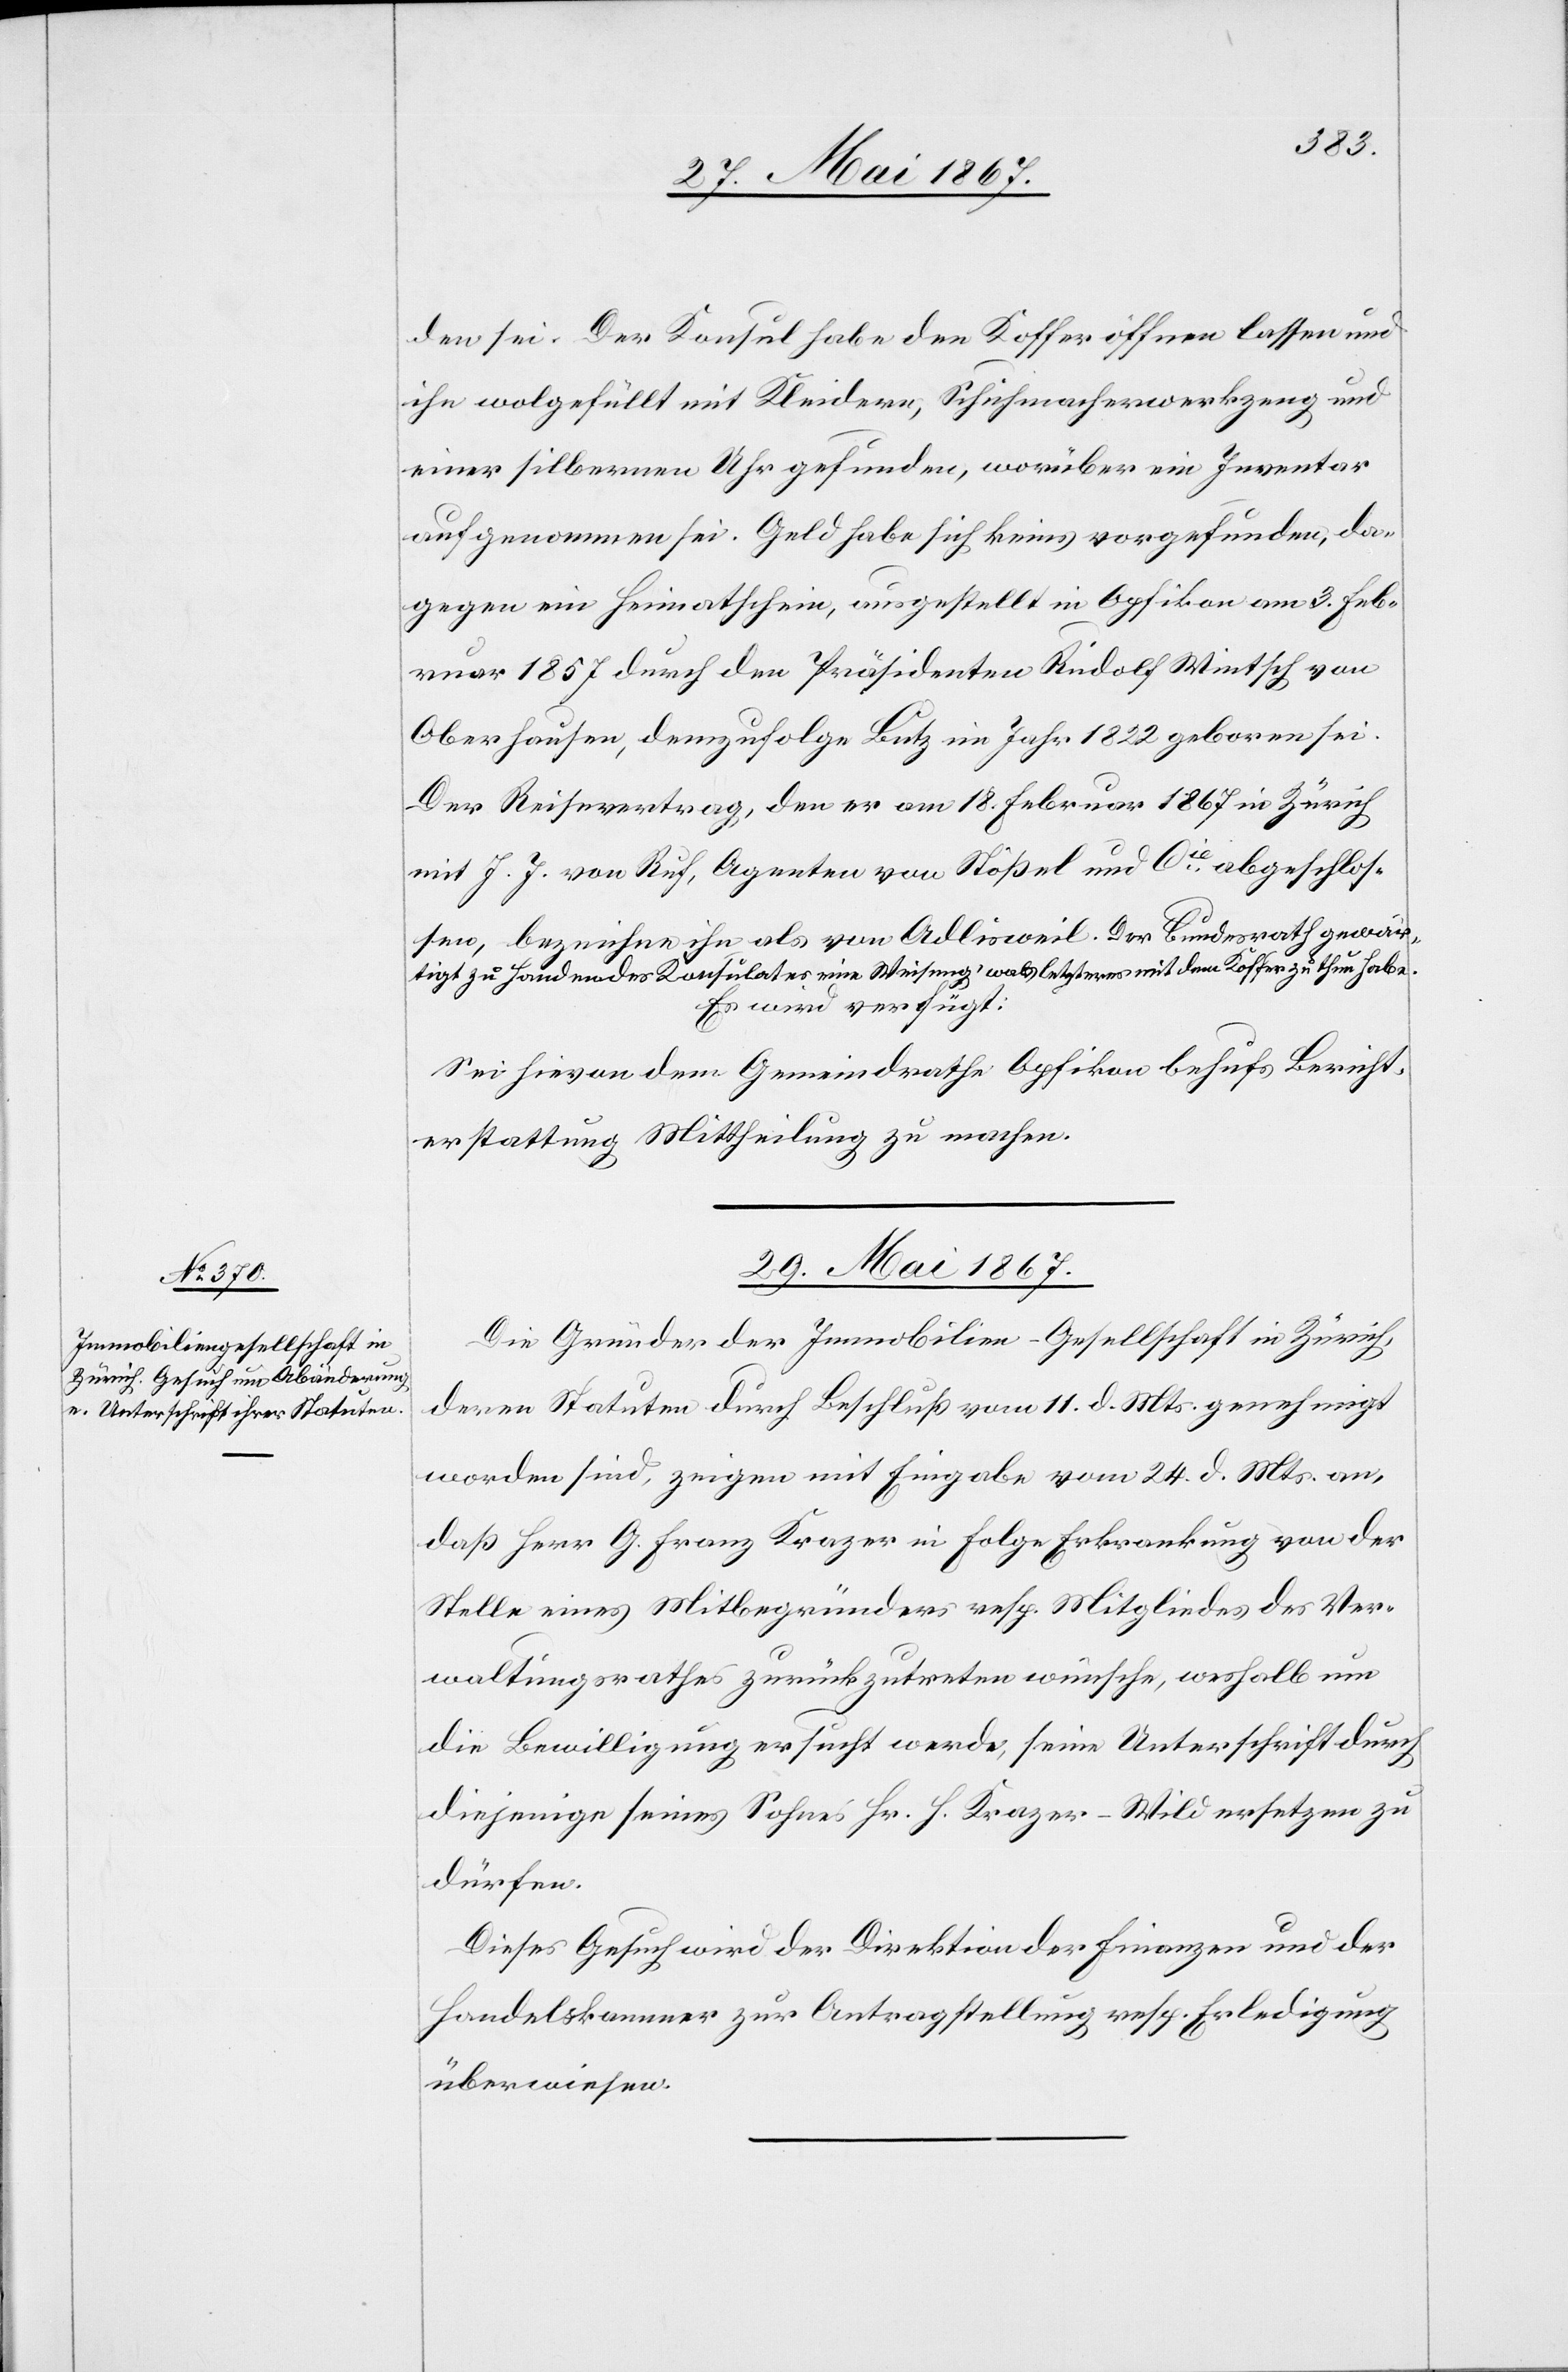
den sei. Der Konsul habe den Koffer öffnen lassen und
ihn wohlgefüllt mir Kleidern, Schuhmachwerkzeug und
einer silbernen Uhr gefunden, worüber ein Inventar
aufgenommen sei. Geld habe sich keines vorgefunden, da¬
gegen ein Heimathschein, ausgestellt in Opfikon am 3. Feb¬
ruar 1857 durch den Präsidenten Rudolf Wintsch von
Oberhausen, demzufolge Lutz im Jahr 1822 geboren sei.
Der Reisevertrag, den er am 18. Februar 1867 in Zürich
mit J. J. von Ruf, Agenten von Stößel und Cie. abgeschlos¬
sen, bezeichne ihn als von Adlisweil. Der Bundesrath gewär¬
tigt zu Handen des Konsulates eine Weisung was letzterer mit dem Koffer zu thun habe.
Es wird verfügt:
Sei hievon dem Gemeindrath Opfikon behufs Bericht¬
erstattung Mittheilung zu machen.
29. Mai 1867.
Die Gründer der Immobilien-Gesellschaft in Zürich,
deren Statuten durch Beschluß vom 11. d. Mts. genehmigt
worden sind, zeigen mit Eingabe vom 24. d. Mts. an,
daß Herr G. Franz Krazer in Folge Erkrankung von der
Stelle eines Mitbegründers resp. Mitgliedes des Ver¬
waltungsrathes zurückzutreten wünsche, weshalb nun
die Bewilligung ersucht werde, seine Unterschrift durch
diejenige seines Sohnes Hr. H. Krazer-Wild ersetzen zu
dürfen.
Dieses Gesuch wird der Direktion der Finanzen und der
Handelskammer zur Antragstellung resp. Erledigung
überwiesen.